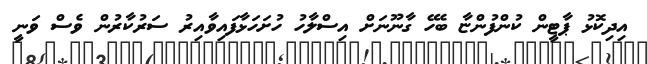
އިދިކޮޅު ޕާޓީން ކުންފުންޏާ ބެހޭ ގާނޫނަށް އިސްލާހު ހުށަހަޅާފައިވާއިރު ސަރުކާރުން ވެސް ވަނީ